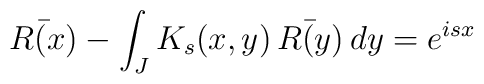
\bar{R(x)}-\int_JK_s(x,y)\,\bar{R(y)}\,dy=e^{isx}